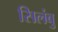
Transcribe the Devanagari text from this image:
सिलंबु